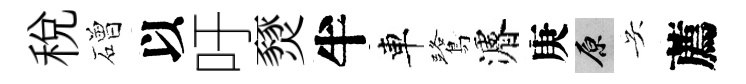
稅磳以吁燹半車鷺濬庚原吴薦